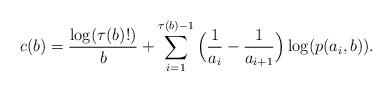
LaTeX: \begin{align*}c(b)=\frac{\log(\tau(b)!)}{b}+\sum_{i=1}^{\tau(b)-1}\Big(\frac1{a_{i}}-\frac1{a_{i+1}}\Big)\log(p(a_{i},b)).\end{align*}